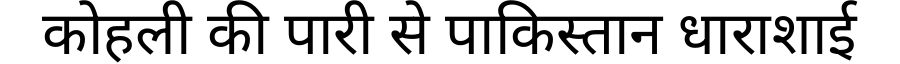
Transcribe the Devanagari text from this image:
कोहली की पारी से पाकिस्तान धाराशाई